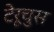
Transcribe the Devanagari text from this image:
टेरूचुस